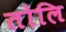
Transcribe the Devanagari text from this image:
तोलि